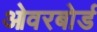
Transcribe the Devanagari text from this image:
ओवरबोर्ड